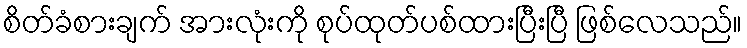
စိတ်ခံစားချက် အားလုံးကို စုပ်ထုတ်ပစ်ထားပြီးပြီ ဖြစ်လေသည်။